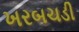
ખરબચડી